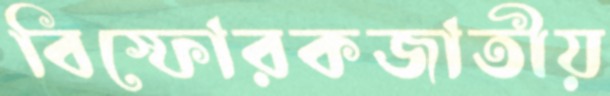
বিস্ফোরকজাতীয়